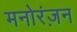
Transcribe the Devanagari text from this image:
मनोरंज़न